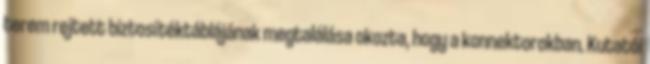
terem rejtett biztosítéktáblájának megtalálása okozta, hogy a konnektorokban. Kutatói